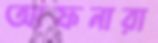
আফনারা